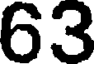
63